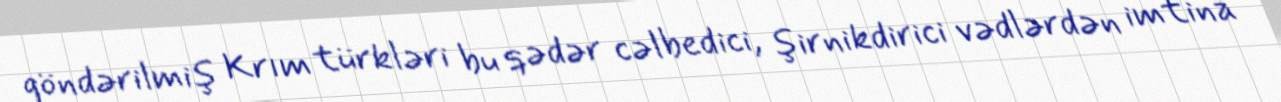
göndərilmiş Krım türkləri bu qədər cəlbedici, şirnikdirici vədlərdən imtina